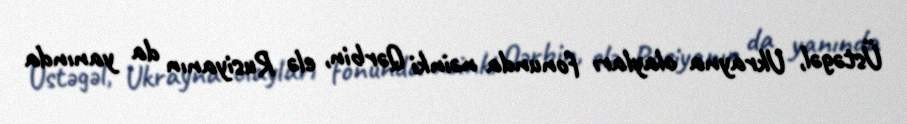
Üstəgəl, Ukrayna olayları fonunda nəinki Qərbin, elə Rusiyanın da yanında